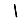
Digit: 1